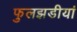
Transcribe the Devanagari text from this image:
फुलझडीयां